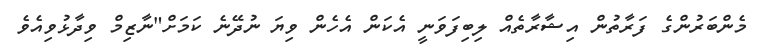
މެންބަރުންގެ ފަރާތުން އިޝާރާތެއް ލިބިފަވަނީ އެކަން އެހެން ވިޔަ ނުދޭނެ ކަމަށް"ނާޒިމް ވިދާޅުވިއެވެ